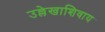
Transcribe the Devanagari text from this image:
उल्लेखाशिवाय